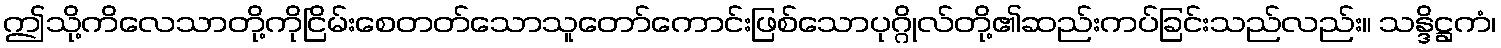
ဤသို့ကိလေသာတို့ကိုငြိမ်းစေတတ်သောသူတော်ကောင်းဖြစ်သောပုဂ္ဂိုလ်တို့၏ဆည်းကပ်ခြင်းသည်လည်း။ သန္ဒိဋ္ဌကံ၊